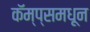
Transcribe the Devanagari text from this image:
कॅम्प्समधून